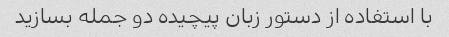
با استفاده از دستور زبان پیچیده دو جمله بسازید